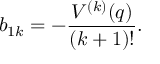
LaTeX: b _ { 1 k } = - \frac { V ^ { ( k ) } ( q ) } { ( k + 1 ) ! } .